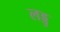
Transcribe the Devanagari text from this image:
लड्डु